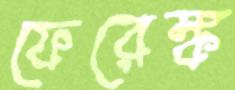
ফেরেঙ্ক